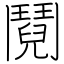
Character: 鬩